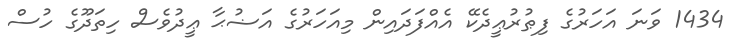
1434 ވަނަ އަހަރުގެ ފިޠުރުޢީދެކޭ އެއްފަދައިން މިއަހަރުގެ އަޟުޙާ ޢީދުވެސް ހިތަދޫގެ ހުސް